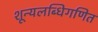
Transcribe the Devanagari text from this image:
शून्यलब्धिगणित